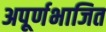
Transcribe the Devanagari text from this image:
अपूर्णभाजित